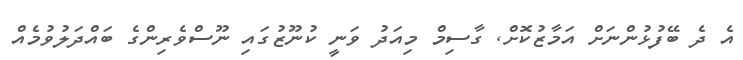
އެ ދެ ބޭފުޅުންނަށް އަމާޒުކޮށް